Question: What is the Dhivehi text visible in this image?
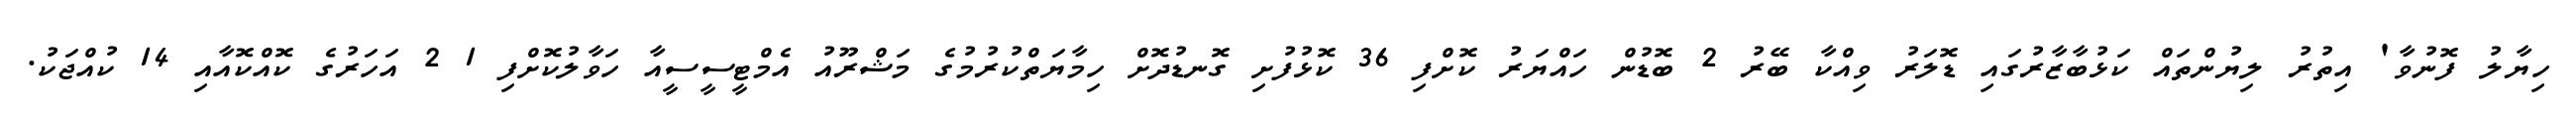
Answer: ހިޔާލު ފޮނުވާ' އިތުރު ލިޔުންތައް ކަޅުބާޒާރުގައި ޑޮލަރު ވިއްކާ ބޭރު 2 ބޮޑުން ހައްޔަރު ކޮށްފި 36 ކޮޅުފުށި ގޮނޑުދޮށް ހިމާޔަތްކުރުމުގެ މަޝްރޫއު އެމްޓީސީސީއާ ހަވާލުކޮށްފި 1 2 އަހަރުގެ ކޮއްކޮއާއި 14 ކުއްޖަކު.